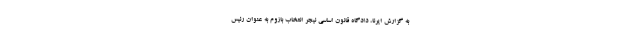
به گزارش ایرنا، دادگاه قانون اساسی نیجر انتخاب بازوم به عنوان رئیس